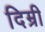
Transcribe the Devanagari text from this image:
दिम्री